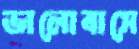
ভালোবাসে